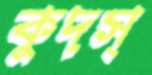
কুদস্